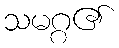
သမဂ္ဂ၏